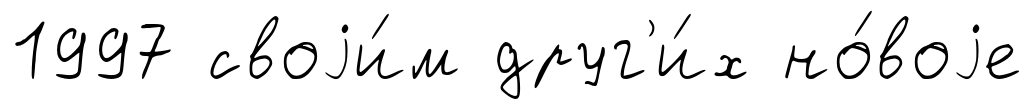
1997 своjи́м друг'и́х но́воjе